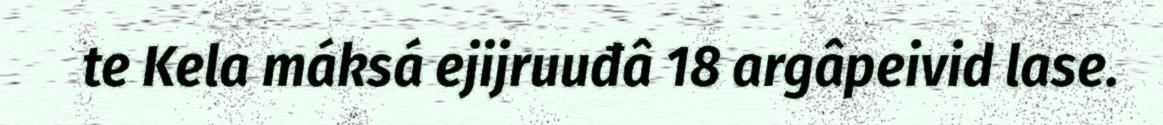
te Kela máksá ejijruuđâ 18 argâpeivid lase.